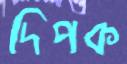
দিপক